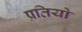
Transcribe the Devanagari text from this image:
प्रतियो